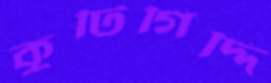
কুটিগিদ্দি